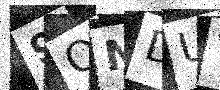
Text: 9ONDUV